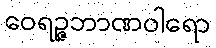
ဝေရဉ္ဇဘာဏဝါရော